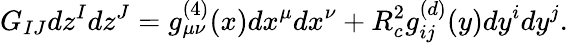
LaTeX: G_{IJ}dz^{I}dz^{J}=g_{\mu\nu}^{(4)}(x)dx^{\mu}dx^{\nu}+R_{c}^{2}g_{ij}^{(d)}(y)dy^{i}dy^{j}.